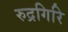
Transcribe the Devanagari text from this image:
रुद्रगिरि